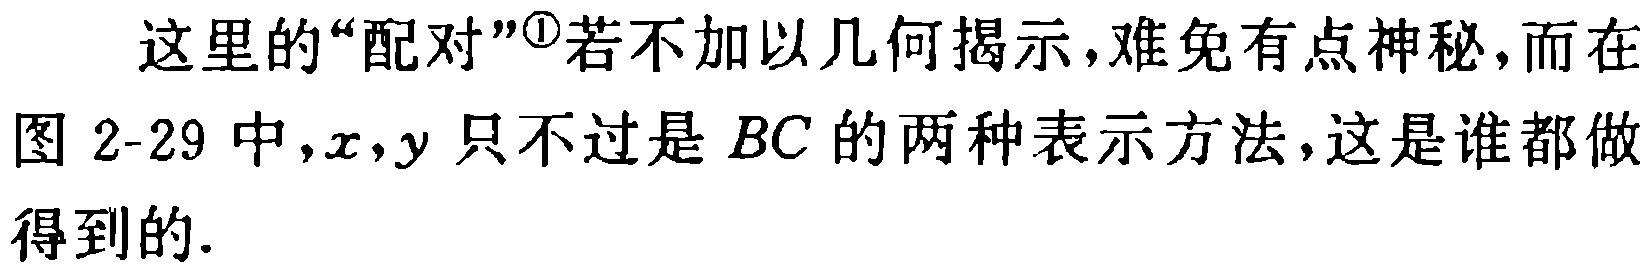
这里的“配对”\textsuperscript{\textcircled{1}}若不加以几何揭示，难免有点神秘，而在图 2-29 中，\(x,y\)只不过是 \(BC\) 的两种表示方法，这是谁都做得到的.